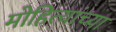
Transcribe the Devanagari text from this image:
मोहित्यांच्या